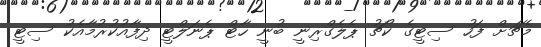
މެޗަށް ފަހު ސިޓީގެ ކޯޗު ޕެލެގްރިނީ ބުނީ ހާޓް ޕެނަލްޓީ ދިފާއުކުރުމާއެކު ސިޓީ